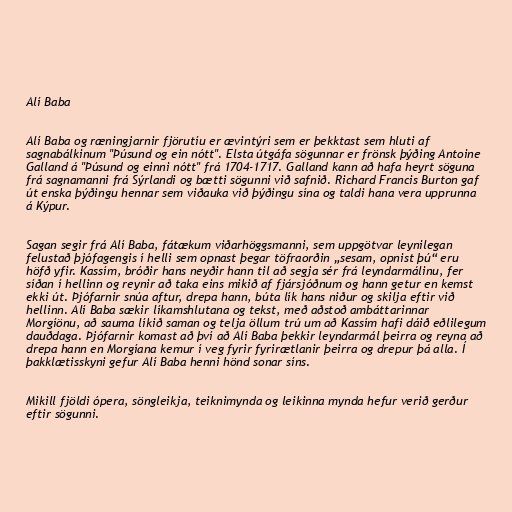
Alí Baba

Alí Baba og ræningjarnir fjörutíu er ævintýri sem er þekktast sem hluti af
sagnabálkinum "Þúsund og ein nótt". Elsta útgáfa sögunnar er frönsk þýðing Antoine
Galland á "Þúsund og einni nótt" frá 1704-1717. Galland kann að hafa heyrt söguna
frá sagnamanni frá Sýrlandi og bætti sögunni við safnið. Richard Francis Burton gaf
út enska þýðingu hennar sem viðauka við þýðingu sína og taldi hana vera upprunna
á Kýpur.

Sagan segir frá Alí Baba, fátækum viðarhöggsmanni, sem uppgötvar leynilegan
felustað þjófagengis í helli sem opnast þegar töfraorðin „sesam, opnist þú“ eru
höfð yfir. Kassím, bróðir hans neyðir hann til að segja sér frá leyndarmálinu, fer
síðan í hellinn og reynir að taka eins mikið af fjársjóðnum og hann getur en kemst
ekki út. Þjófarnir snúa aftur, drepa hann, búta lík hans niður og skilja eftir við
hellinn. Alí Baba sækir líkamshlutana og tekst, með aðstoð ambáttarinnar
Morgíönu, að sauma líkið saman og telja öllum trú um að Kassím hafi dáið eðlilegum
dauðdaga. Þjófarnir komast að því að Alí Baba þekkir leyndarmál þeirra og reyna að
drepa hann en Morgíana kemur í veg fyrir fyrirætlanir þeirra og drepur þá alla. Í
þakklætisskyni gefur Alí Baba henni hönd sonar síns.

Mikill fjöldi ópera, söngleikja, teiknimynda og leikinna mynda hefur verið gerður
eftir sögunni.